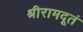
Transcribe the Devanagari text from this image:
श्रीरामदूतं